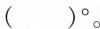
()°。